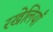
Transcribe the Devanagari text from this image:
रखेलियाँ